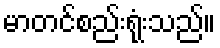
မာတင်စည်းရုံးသည်။